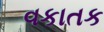
વકાતક